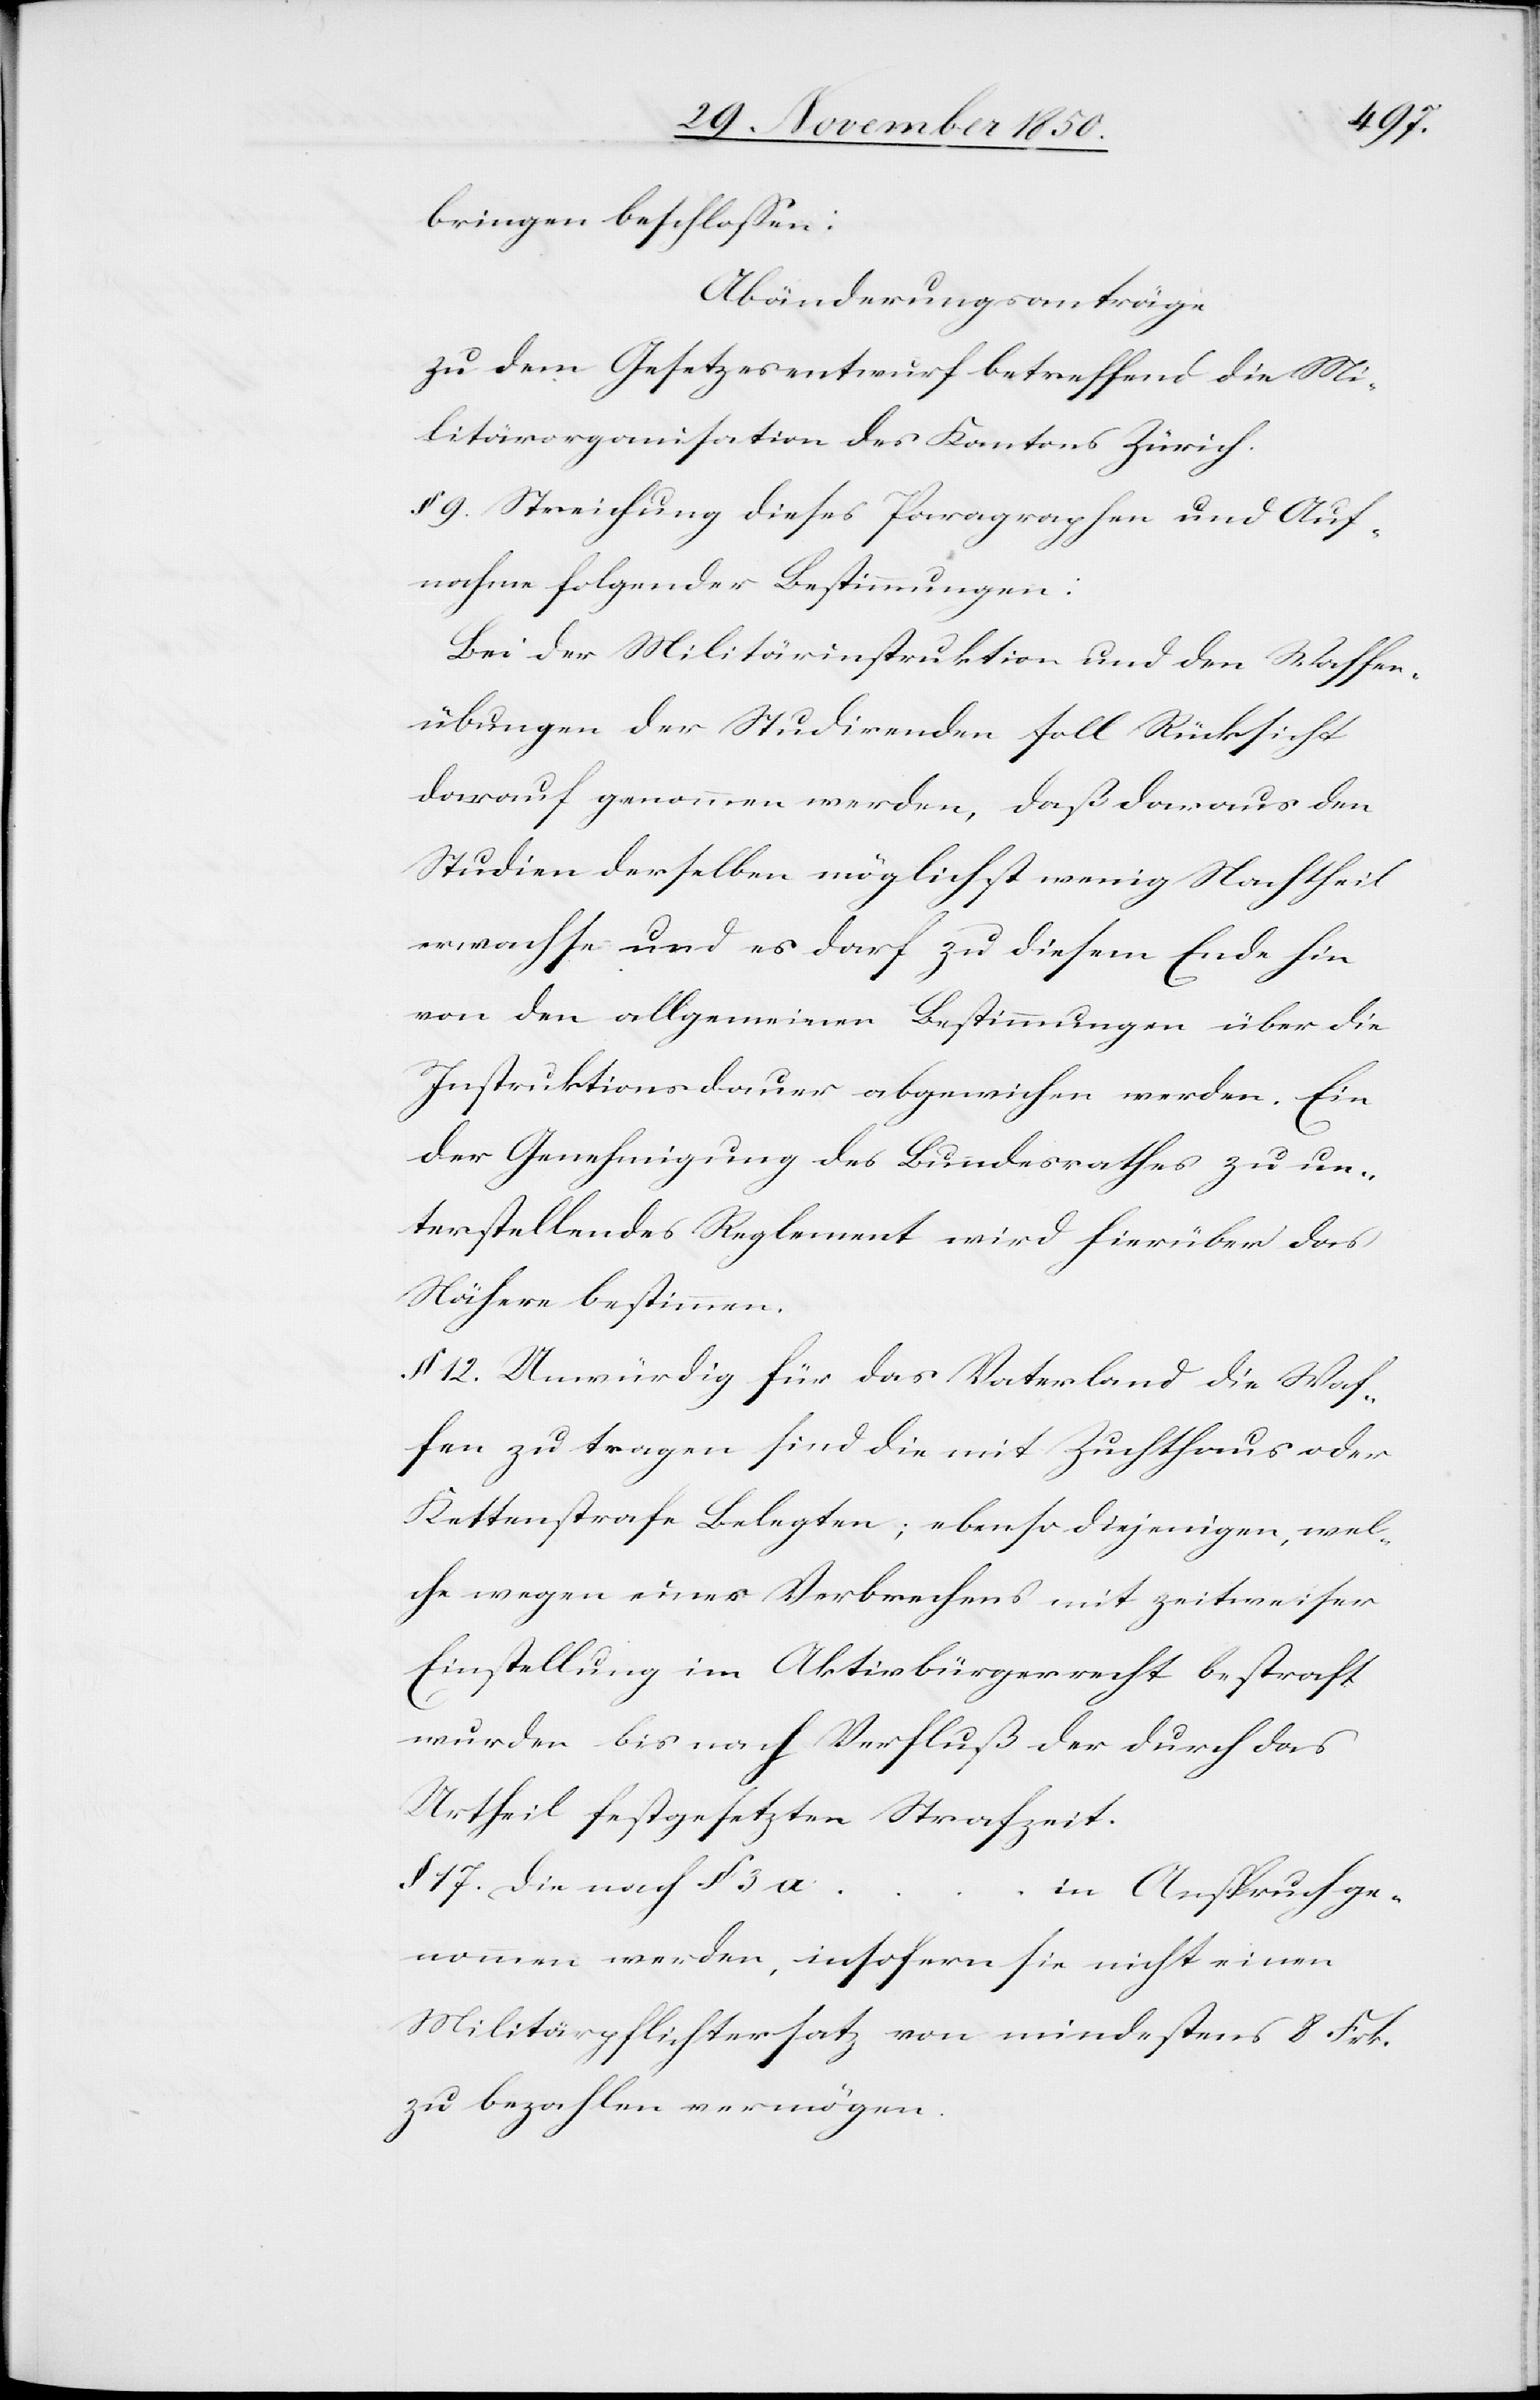
bringen beschlossen:
Abänderungsanträge
zu dem Gesetzesentwurf betreffend die Mi¬
litärorganisation des Kantons Zürich.
§ 9. Streichung dieses Paragraphen und Auf¬
nahme folgender Bestimmungen:
Bei der Militärinstruktion und den Waffen¬
übungen der Studirenden soll Rücksicht
darauf genommen werden, daß daraus den
Studien derselben möglichst wenig Nachtheil
erwachse und es darf zu diesem Ende hin
von den allgemeinen Bestimmungen über die
Instruktionsdauer abgewichen werden. Ein
der Genehmigung des Bundesrathes zu un¬
terstellendes Reglement wird hierüber das
Nähere bestimmen.
§ 12. Unwürdig für das Vaterland die Waf¬
fen zu tragen sind die mit Zuchthaus oder
Kettenstrafe Belegten; ebenso diejenigen, wel¬
che wegen eines Verbrechens mit zeitweiser
Einstellung im Aktivbürgerrecht bestraft
wurden bis nach Verfluß der durch das
Urtheil festgesetzten Strafzeit.
§ 17. Die nach § 3 a …
in Anspruch ge¬
nommen werden, insofern sie nicht einen
Militärpflichtersatz von mindestens 8 Frk.
zu bezahlen vermögen.